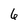
Character: 6